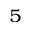
^ { 5 }